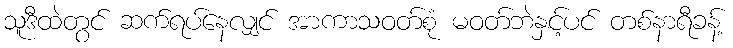
သူဒီထဲတွင် ဆက်ရပ်နေလျှင် အာကာသဝတ်စုံ မဝတ်ဘဲနှင့်ပင် တစ်နာရီခန့်